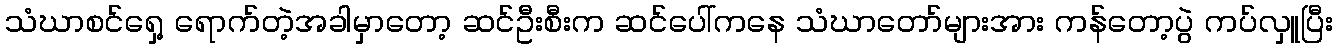
သံဃာစင်ရှေ့ ရောက်တဲ့အခါမှာတော့ ဆင်ဦးစီးက ဆင်ပေါ်ကနေ သံဃာတော်များအား ကန်တော့ပွဲ ကပ်လှူပြီး